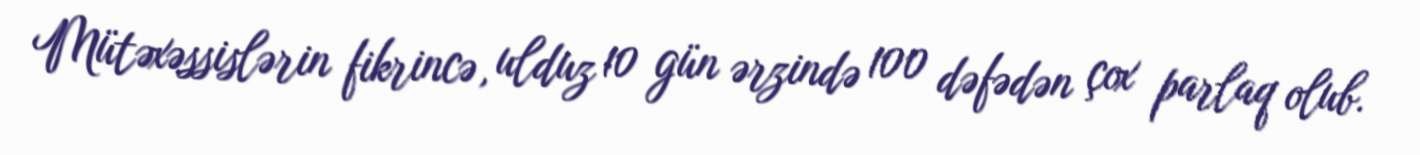
Mütəxəssislərin fikrincə, ulduz 10 gün ərzində 100 dəfədən çox parlaq olub.